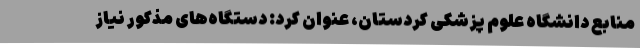
منابع دانشگاه علوم پزشکی کردستان، عنوان کرد: دستگاه‌های مذکور نیاز